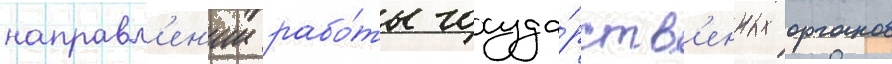
направл'ен'ии рабо́ты госуда́рств'енных органов